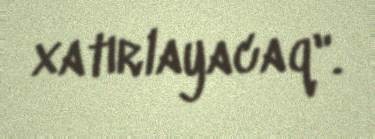
xatırlayacaq".